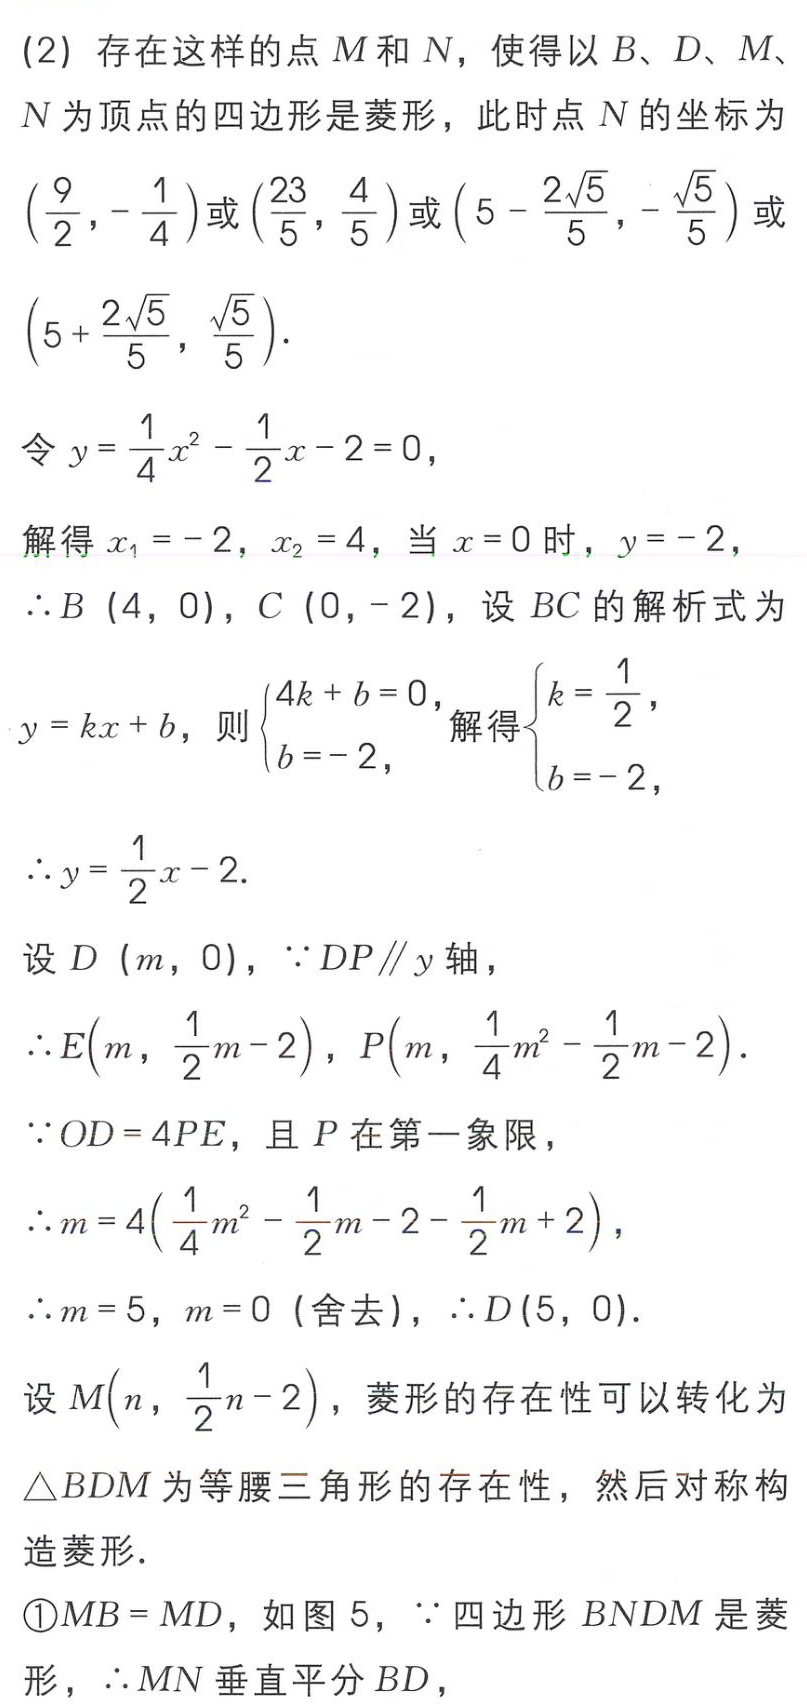
(2) 存在这样的点 \(M\) 和 \(N\)，使得以 \(B\)、\(D\)、\(M\)、\(N\) 为顶点的四边形是菱形，此时点 \(N\) 的坐标为 \(\left(\frac{9}{2},-\frac{1}{4}\right)\)或\(\left(\frac{23}{5},\frac{4}{5}\right)\)或\(\left(5 - \frac{2\sqrt{5}}{5},-\frac{\sqrt{5}}{5}\right)\)或\(\left(5 + \frac{2\sqrt{5}}{5},\frac{\sqrt{5}}{5}\right)\)。

令 \(y = \frac{1}{4}x^{2}-\frac{1}{2}x - 2 = 0\)，
解得 \(x_{1}=-2\)，\(x_{2}=4\)，当 \(x = 0\) 时，\(y=-2\)，
\(\therefore B(4,0)\)，\(C(0,-2)\)，设 \(BC\) 的解析式为 \(y = kx + b\)，则\(\begin{cases}4k + b = 0,\\b=-2,\end{cases}\)解得\(\begin{cases}k=\frac{1}{2},\\b=-2,\end{cases}\)
\(\therefore y=\frac{1}{2}x - 2\)。
设 \(D(m,0)\)，\(\because DP\parallel y\) 轴，
\(\therefore E\left(m,\frac{1}{2}m - 2\right)\)，\(P\left(m,\frac{1}{4}m^{2}-\frac{1}{2}m - 2\right)\)。
\(\because OD = 4PE\)，且 \(P\) 在第一象限，
\(\therefore m = 4\left(\frac{1}{4}m^{2}-\frac{1}{2}m - 2-\frac{1}{2}m + 2\right)\)，
\(\therefore m = 5\)，\(m = 0\)（舍去），\(\therefore D(5,0)\)。
设 \(M\left(n,\frac{1}{2}n - 2\right)\)，菱形的存在性可以转化为 \(\triangle BDM\) 为等腰三角形的存在性，然后对称构造菱形。
\textcircled{1}\(MB = MD\)，如图 5，\(\because\) 四边形 \(BNDM\) 是菱形，\(\therefore MN\) 垂直平分 \(BD\)，